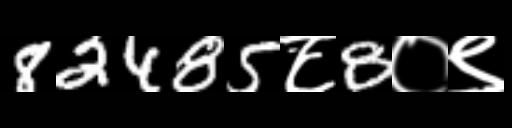
Text: 82485८8०९